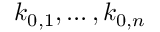
k _ { 0 , 1 } , \ldots , k _ { 0 , n }